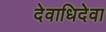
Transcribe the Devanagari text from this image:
देवाधिदेवा